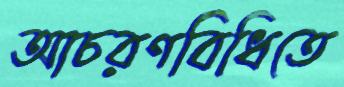
আচরণবিধিতে